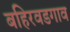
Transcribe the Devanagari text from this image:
बहिरवडगाव